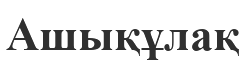
Ашықұлақ